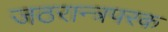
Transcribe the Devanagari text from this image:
जठरान्त्रपरक